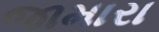
જામારા